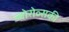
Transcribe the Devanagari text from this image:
ज्बोरोव्सकी